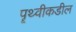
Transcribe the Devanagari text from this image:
पॄथ्वीकडील